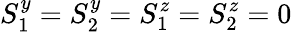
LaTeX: S_{1}^{y}=S_{2}^{y}=S_{1}^{z}=S_{2}^{z}=0